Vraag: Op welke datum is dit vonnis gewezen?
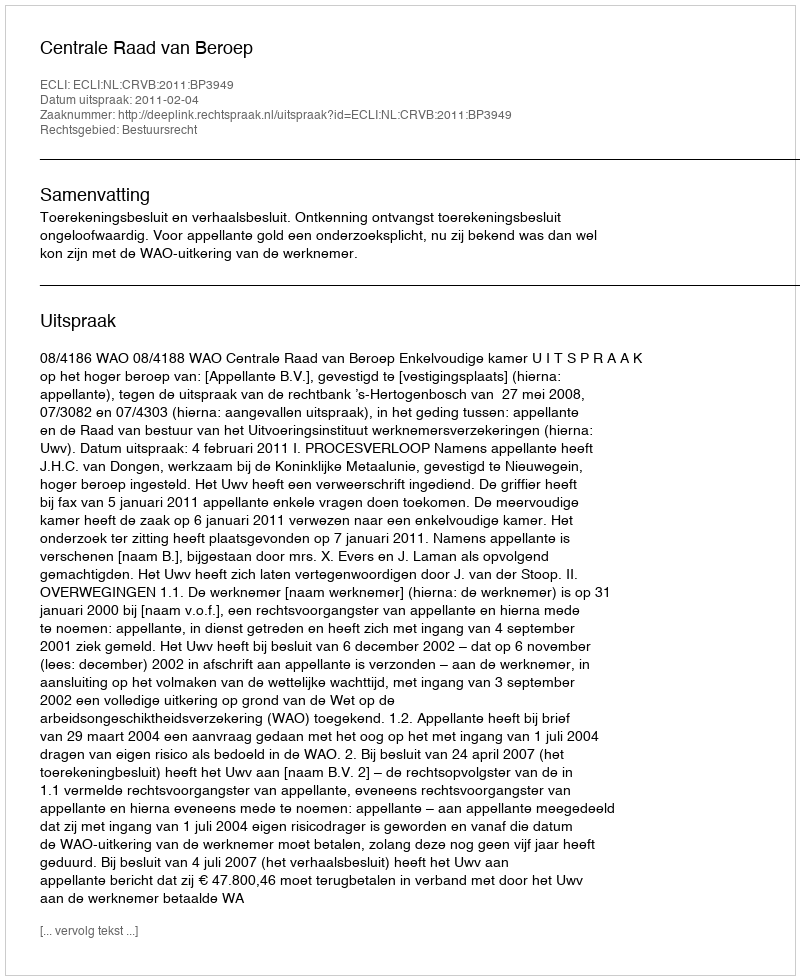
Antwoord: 2011-02-04